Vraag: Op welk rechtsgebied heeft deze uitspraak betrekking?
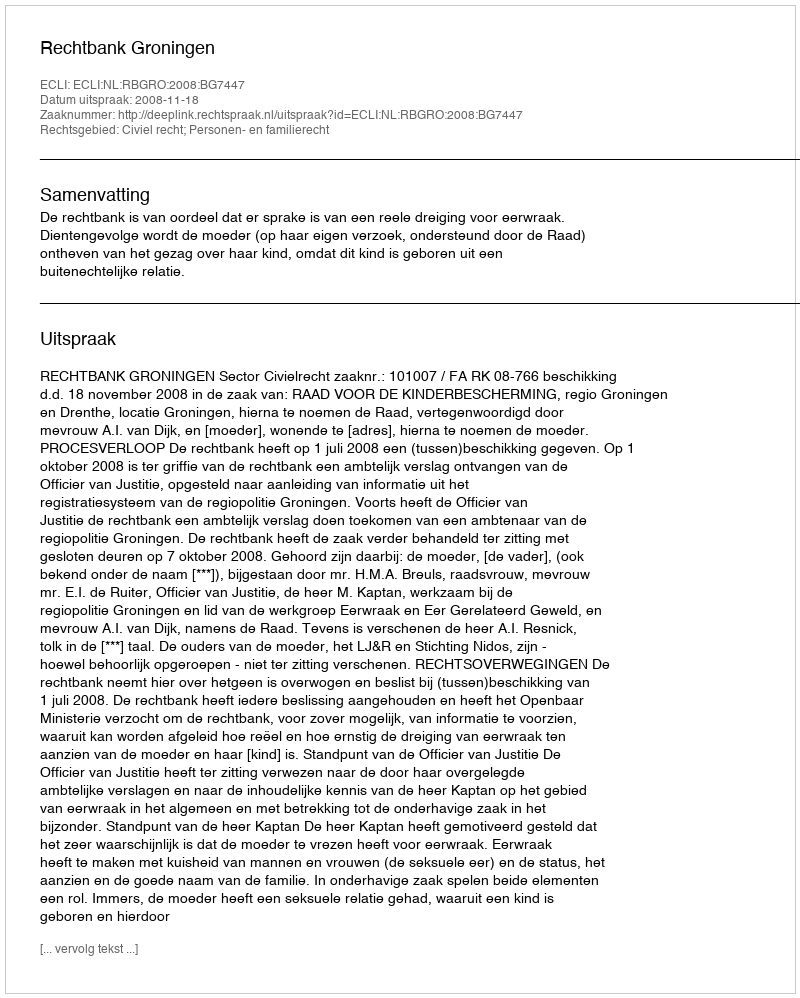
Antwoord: Civiel recht; Personen- en familierecht